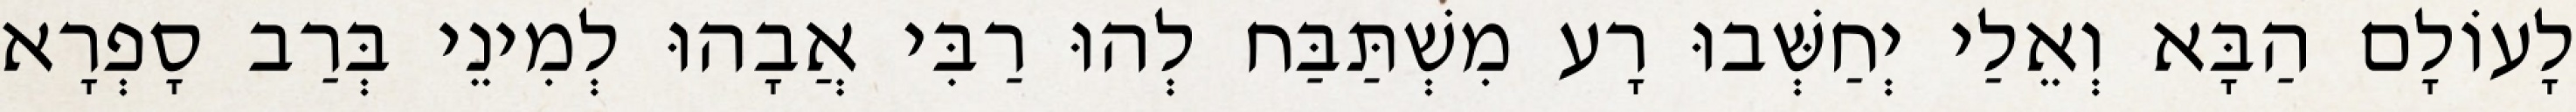
לָעוֹלָם הַבָּא וְאֵלַי יְחַשְּׁבוּ רָע מִשְׁתַּבַּח לְהוּ רַבִּי אֲבָהוּ לְמִינֵי בְּרַב סָפְרָא